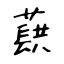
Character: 蕻